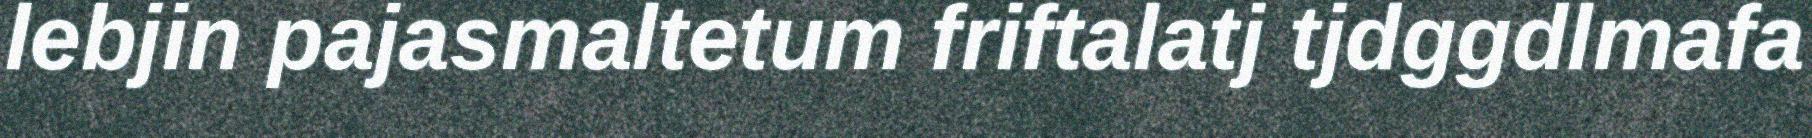
lebjin pajasmaltetum friftalatj tjdggdlmafa